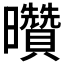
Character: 𰖽